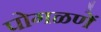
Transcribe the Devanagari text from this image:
पोगळणें